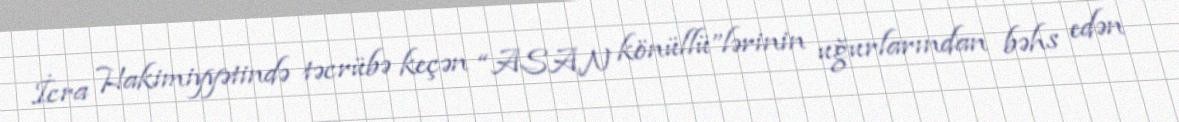
İcra Hakimiyyətində təcrübə keçən “ASAN könüllü”lərinin uğurlarından bəhs edən